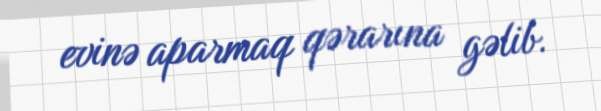
evinə aparmaq qərarına gəlib.